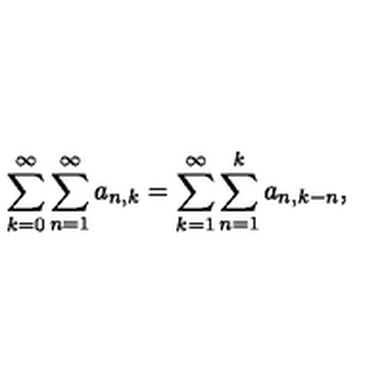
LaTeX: \sum _ { k = 0 } ^ { \infty } \sum _ { n = 1 } ^ { \infty } a _ { n , k } = \sum _ { k = 1 } ^ { \infty } \sum _ { n = 1 } ^ { k } a _ { n , k - n } ,